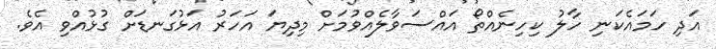
އަދި ހަމައެކަނި ހާލު ކިހިނެއްތޯ އައްސަވާލެއްވުމަށް މިދިޔަ އަހަރު އަޅުގަނޑަށް ގުޅުއްވި އެވެ.